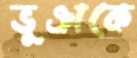
ভুঞাকে